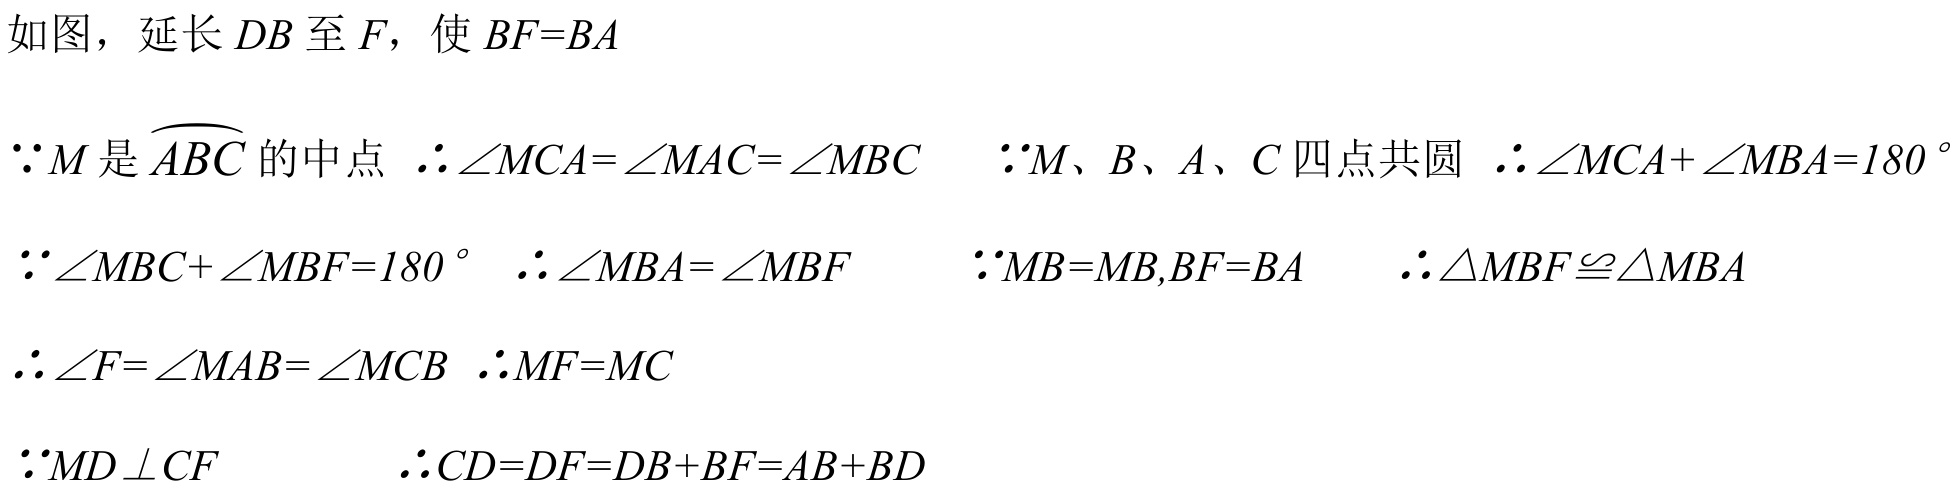
如图，延长 \(DB\) 至 \(F\)，使 \(BF = BA\)

\(\because M\) 是 \(\overset{\frown}{ABC}\) 的中点 \(\therefore\angle MCA=\angle MAC=\angle MBC\)  \(\because M、B、A、C\) 四点共圆 \(\therefore\angle MCA+\angle MBA = 180^{\circ}\)

\(\because\angle MBC+\angle MBF = 180^{\circ}\)  \(\therefore\angle MBA=\angle MBF\)  \(\because MB = MB,BF = BA\)  \(\therefore\triangle MBF\cong\triangle MBA\)

\(\therefore\angle F=\angle MAB=\angle MCB\)  \(\therefore MF = MC\)

\(\because MD\perp CF\)  \(\therefore CD = DF=DB + BF=AB + BD\)